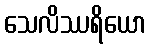
သေလိဿရိယော